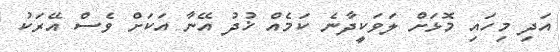
އަދި މިހައި މޮޅަށް ލަވަކީދާނެ ކަމެއް ޚުދު އޭނާ އަކަށް ވެސް އޭރަކު